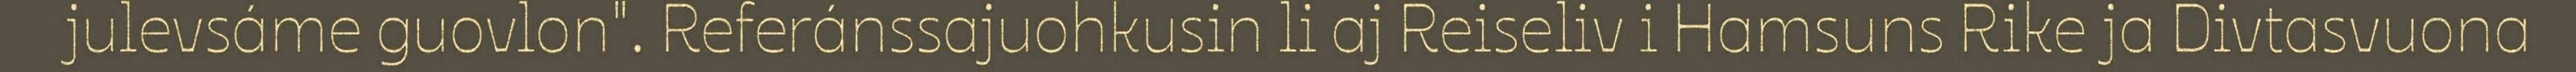
julevsáme guovlon". Referánssajuohkusin li aj Reiseliv i Hamsuns Rike ja Divtasvuona